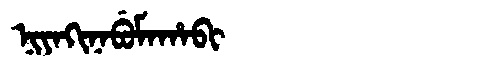
Manchu: ᠨᡳᠶᠠᡴᡳᠨᠠᠪᡠᠮᠠᡥᠠᠪᡳ
Romanization: NIYAKINABUMAHABI